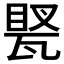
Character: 𤭲